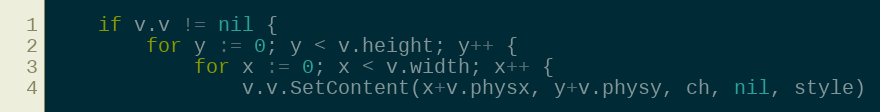
Language: Go
	if v.v != nil {
		for y := 0; y < v.height; y++ {
			for x := 0; x < v.width; x++ {
				v.v.SetContent(x+v.physx, y+v.physy, ch, nil, style)